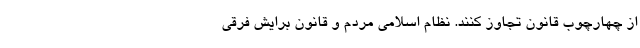
از چهارچوب قانون تجاوز کنند. نظام اسلامی مردم و قانون برایش فرقی